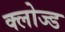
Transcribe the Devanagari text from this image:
क्‍लोज्‍ड